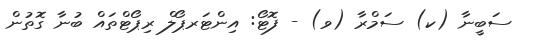
ސަބީނާ (ކ) ސަމްރާ (ވ) - ފޮޓޯ: އިންޓަރޕޯލް ރިޕޯޓްތައް ބުނާ ގޮތުން